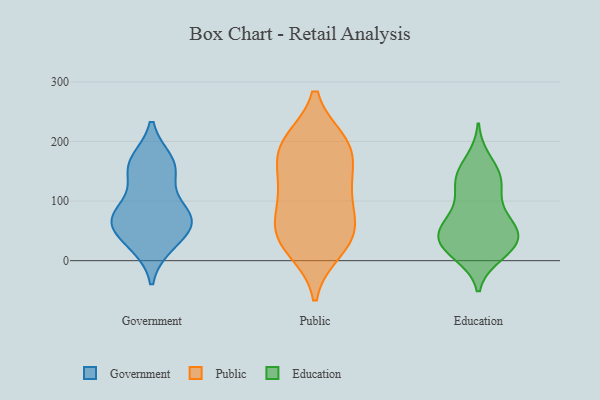
{"axis": {"x": "Latency (ms)", "y": "Value"}, "legend": ["Education", "Government", "Public"], "data": [{"x": "", "y": 149, "type": "Government"}, {"x": "", "y": 66, "type": "Government"}, {"x": "", "y": 167, "type": "Government"}, {"x": "", "y": 26, "type": "Government"}, {"x": "", "y": 77, "type": "Government"}, {"x": "", "y": 167, "type": "Government"}, {"x": "", "y": 59, "type": "Government"}, {"x": "", "y": 30, "type": "Government"}, {"x": "", "y": 146, "type": "Government"}, {"x": "", "y": 80, "type": "Government"}, {"x": "", "y": 64, "type": "Government"}, {"x": "", "y": 80, "type": "Government"}, {"x": "", "y": 24, "type": "Public"}, {"x": "", "y": 50, "type": "Public"}, {"x": "", "y": 119, "type": "Public"}, {"x": "", "y": 196, "type": "Public"}, {"x": "", "y": 18, "type": "Public"}, {"x": "", "y": 199, "type": "Public"}, {"x": "", "y": 45, "type": "Public"}, {"x": "", "y": 70, "type": "Public"}, {"x": "", "y": 114, "type": "Public"}, {"x": "", "y": 162, "type": "Public"}, {"x": "", "y": 58, "type": "Public"}, {"x": "", "y": 187, "type": "Public"}, {"x": "", "y": 129, "type": "Public"}, {"x": "", "y": 196, "type": "Public"}, {"x": "", "y": 28, "type": "Education"}, {"x": "", "y": 53, "type": "Education"}, {"x": "", "y": 52, "type": "Education"}, {"x": "", "y": 13, "type": "Education"}, {"x": "", "y": 33, "type": "Education"}, {"x": "", "y": 133, "type": "Education"}, {"x": "", "y": 128, "type": "Education"}, {"x": "", "y": 81, "type": "Education"}, {"x": "", "y": 111, "type": "Education"}, {"x": "", "y": 169, "type": "Education"}, {"x": "", "y": 37, "type": "Education"}, {"x": "", "y": 10, "type": "Education"}, {"x": "", "y": 142, "type": "Education"}, {"x": "", "y": 41, "type": "Education"}, {"x": "", "y": 55, "type": "Education"}, {"x": "", "y": 73, "type": "Education"}, {"x": "", "y": 20, "type": "Education"}, {"x": "", "y": 147, "type": "Education"}]}